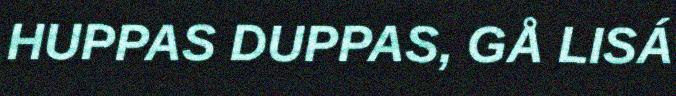
HUPPAS DUPPAS, GÅ LISÁ